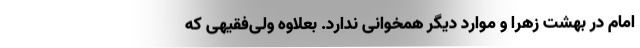
امام در بهشت زهرا و موارد دیگر همخوانی ندارد. بعلاوه ولی‌فقیهی که